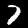
Digit: 7